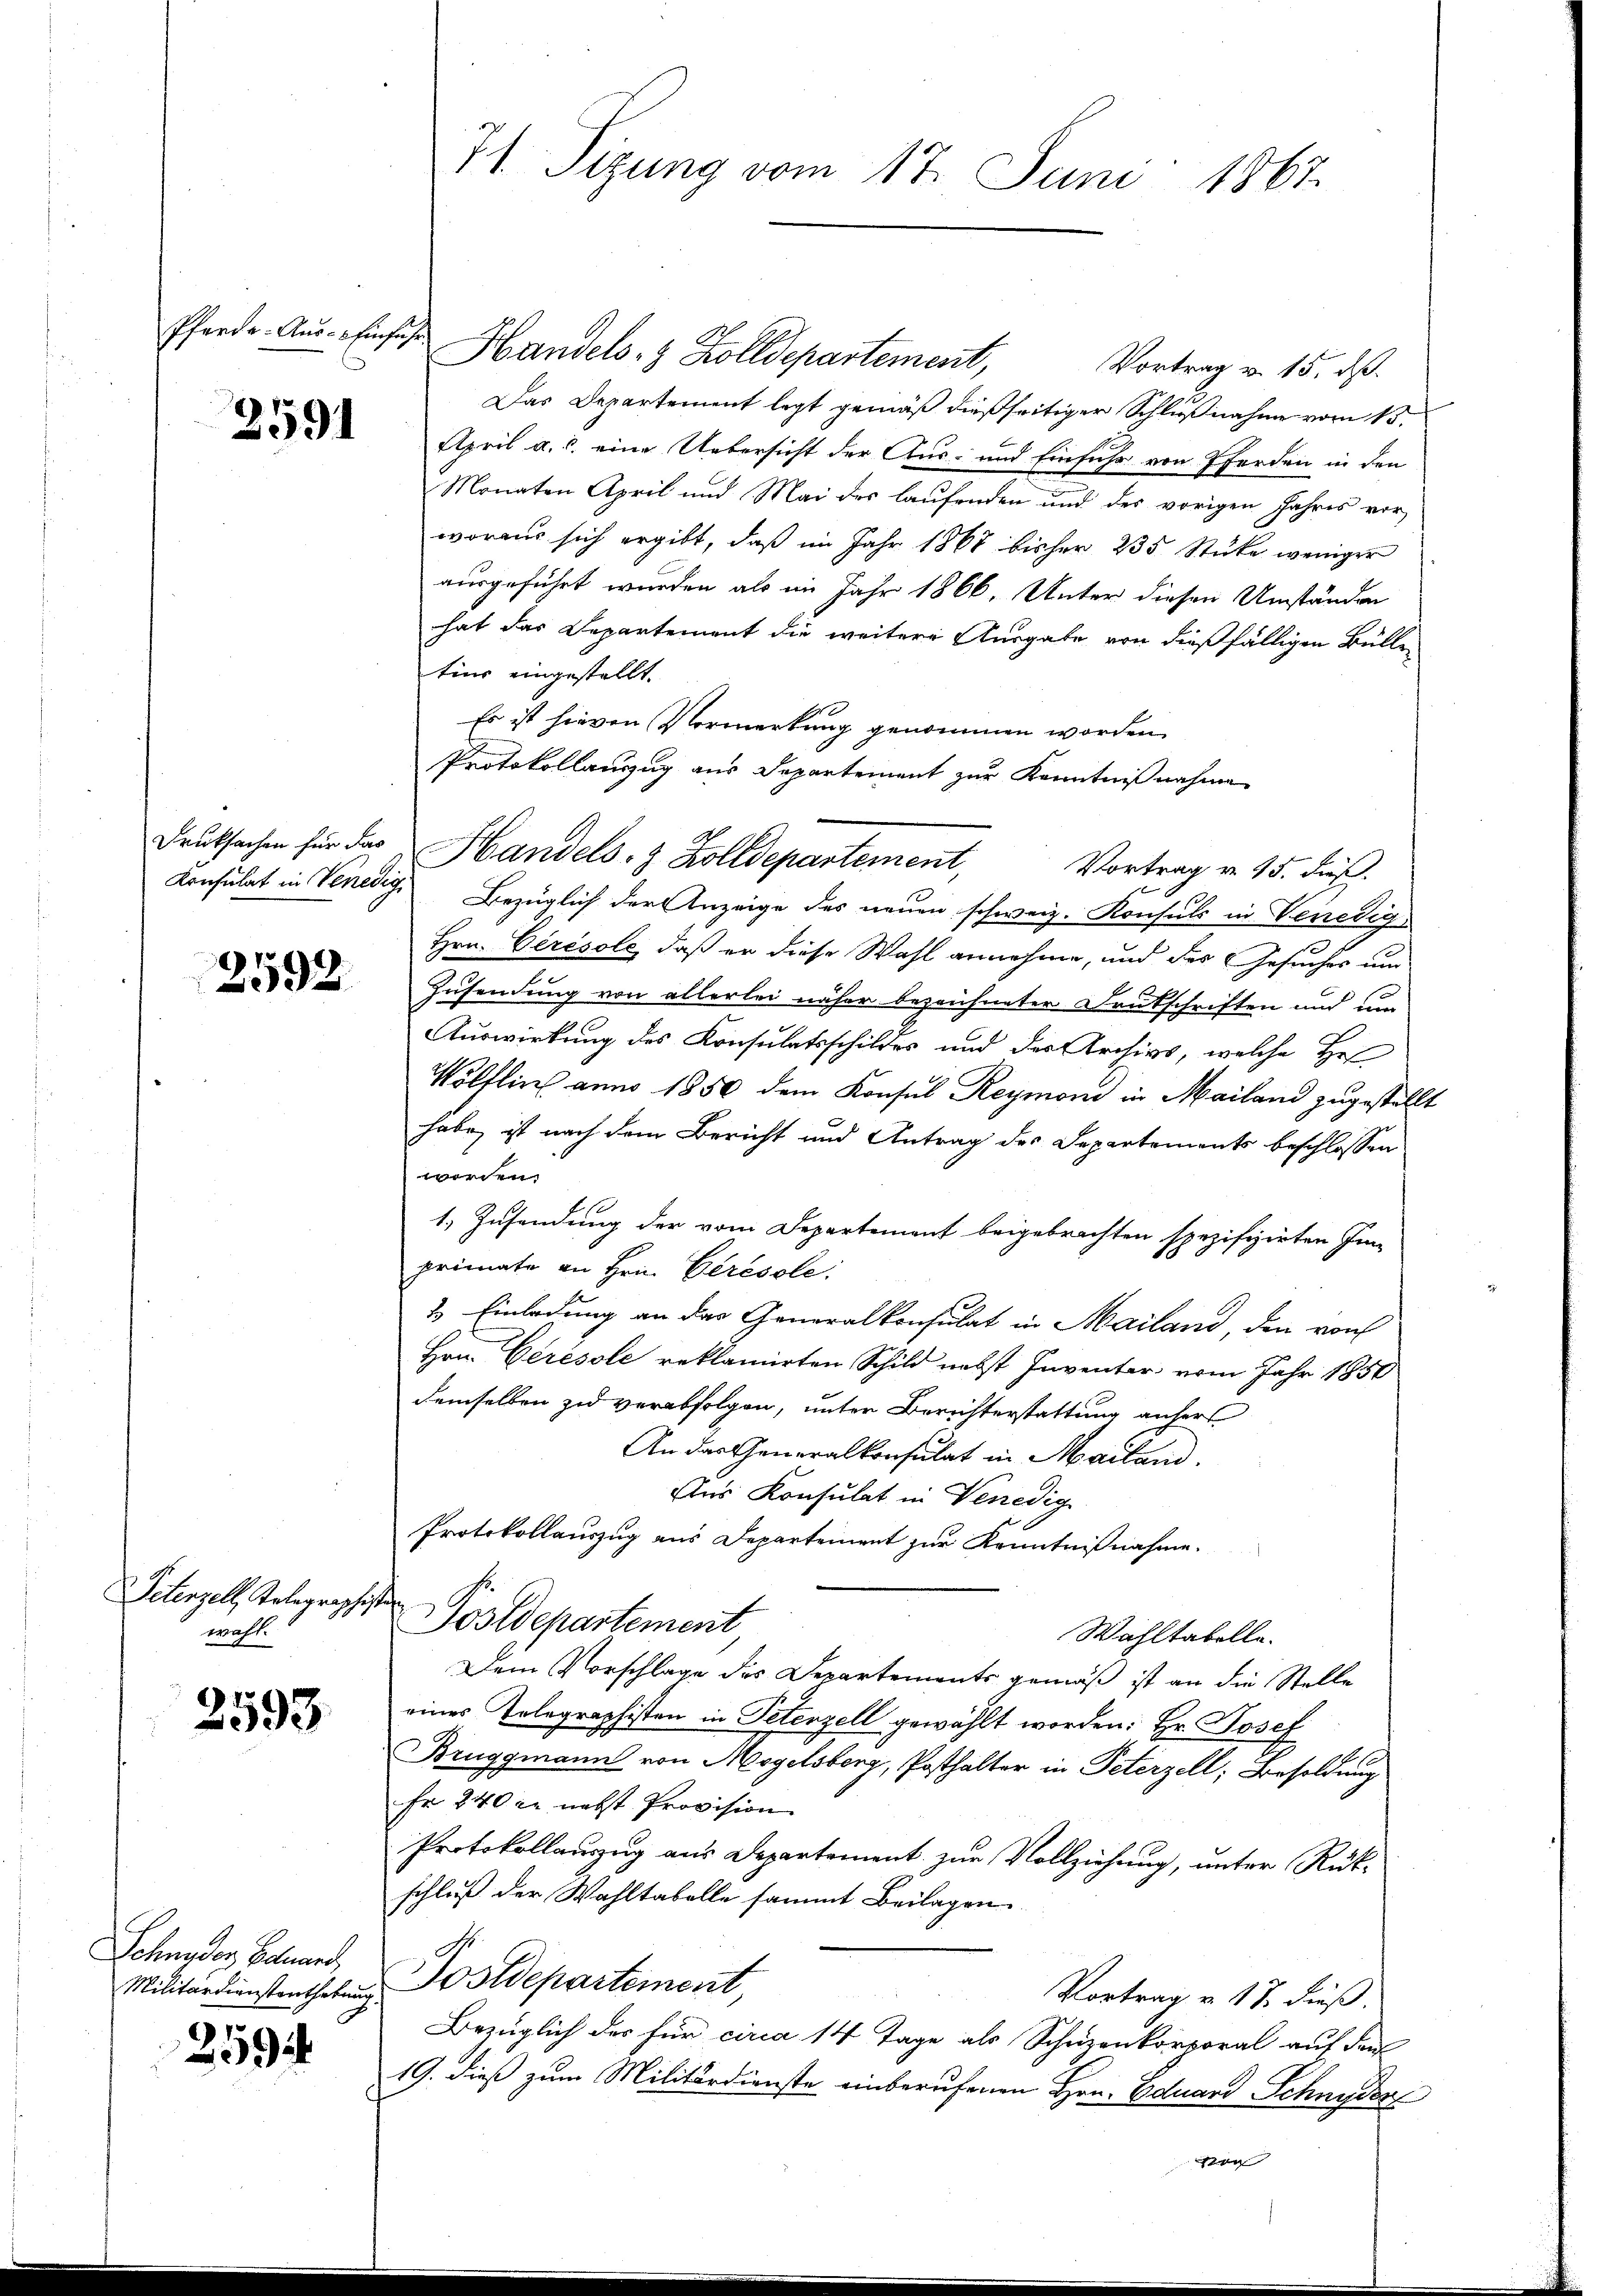
Pferde. Aus- Einführ

2591

2592.

Petenzell, Tolographis
wahl.

2593.

Schneder Bauard,
Militärdienstenthebung

259

Handels- & Zolldepartement,
Vortrag v. 15. d.
Das Departement legt gemäß dießseitiger Schlußnahme vom 15.
April a. c. eine Uebersicht der Aus- und Einfuhr von Pferden in den
Monaten April und Mai der laufenden und des vorigen Jahres vor
woraus sich ergibt, daß im Jahr 1868 bisher 235 Stücke weniger
ausgeführt wurden als im Jahr 1866. Unter diesen Umständen
hat das Departement die weitere Ausgabe von dießfälligen Bülle
tius eingestellt.
Es ist hievon Vormerkung genommen worden.
Protokollanzug aus Departement zur Kenntnißnahme
Konsulat in Venedige Bezüglich der Anzeige des neuen schweiz. Konsuls in Venedig
Hrn. Cérésole, daß er diese Wahl annehme, und des Gesuches um
Zusendung von allerlei näher bezeichneter Deutschriften und um
Auswirkung des Konsulatsschilder und des Archivs, welche He
Wölflin anno 1850 dem Konsul Reymoni in Mailand zugestellt
habe, ist nach dem Bericht und Antrag des Departements beschlossen
worden.
1. Zusendung der vom Departement beigebrachten spezifizirten Inprimate an Hrn. Cirésole.
1. Einladung an das Generalkonsulat in Mailand, den von
Hrn. Gerésole reklamirten Schild nebst Inventar vom Jahr 1850
demselben zu verabfolgen, unter Berichterstattung anhers
An das Generalkonsulat in Mailand.
Aus Konsulat in Venedig
Protokollauszug aus Departement zur Kenntnißnahme.
i
Postdepartement
Wahltabelle.
Dem Vorschlage des Departements gemäß ist an die Stelle
eines Telegraphisten in Peterzell gewählt worden: Hr. Josef
Bruggmann von Mogelsberg, Posthalter in Peterzell, Besoldung
Fr 240 er nebst Provision
Protokollauszug aus Departement zur Vollziehung, unter Rükschluß der Wahltabelle sammt Beilagen
Postdepartement,
Vortrag v. 18. dieß.
Bezüglich des für circa 14 Tage als Schuzenkorporal auf den
19. dieß zum Militärdienste einberufenen Hrn. Eduard Schnyder

71 Sizung vom 17. Juni 1867.

Druksachen für das Handels- & Zolldepartement,

Vortrag v. 15. dieß.